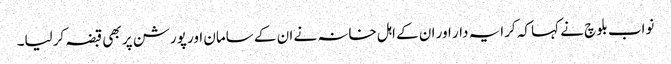
نواب بلوچ نے کہا کہ کرایہ دار اور ان کے اہل خانہ نے ان کے سامان اور پورشن پر بھی قبضہ کرلیا۔